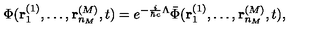
\Phi ( { \bf r } _ { 1 } ^ { ( 1 ) } , \ldots , { \bf r } _ { n _ { M } } ^ { ( M ) } , t ) = e ^ { - \frac { i } { \hbar c } \Lambda } \bar { \Phi } ( { \bf r } _ { 1 } ^ { ( 1 ) } , \ldots , { \bf r } _ { n _ { M } } ^ { ( M ) } , t ) ,